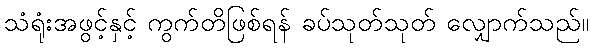
သံရုံးအဖွင့်နှင့် ကွက်တိဖြစ်ရန် ခပ်သုတ်သုတ် လျှောက်သည်။